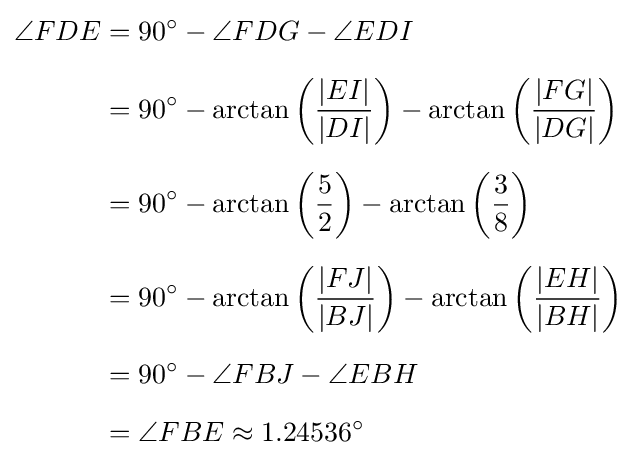
{\begin{aligned}\angle FDE&=90^{\circ }-\angle FDG-\angle EDI\\[6pt]&=90^{\circ }-\arctan \left({\frac {|EI|}{|DI|}}\right)-\arctan \left({\frac {|FG|}{|DG|}}\right)\\[6pt]&=90^{\circ }-\arctan \left({\frac {5}{2}}\right)-\arctan \left({\frac {3}{8}}\right)\\[6pt]&=90^{\circ }-\arctan \left({\frac {|FJ|}{|BJ|}}\right)-\arctan \left({\frac {|EH|}{|BH|}}\right)\\[6pt]&=90^{\circ }-\angle FBJ-\angle EBH\\[6pt]&=\angle FBE\approx 1.24536^{\circ }\end{aligned}}